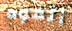
أتفوه